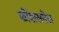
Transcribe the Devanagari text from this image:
कोंशसनेस